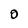
Character: 0